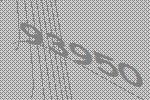
93950